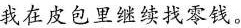
我在皮包里继续找零钱。